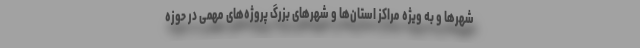
شهرها و به ویژه مراکز استان‌ها و شهرهای بزرگ پروژه‌های مهمی در حوزه